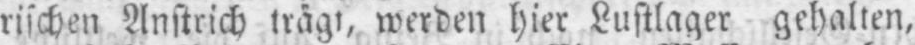
rischen Anstrich trägt, werden hier Lustlager gehalten,